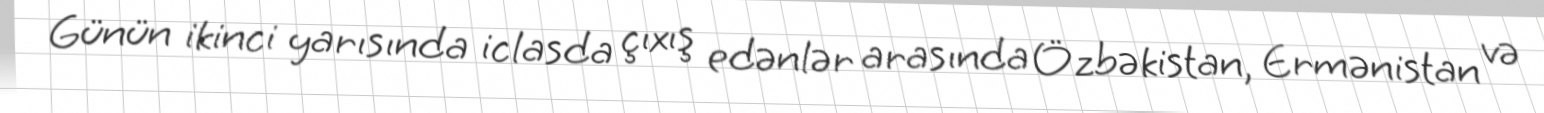
Günün ikinci yarısında iclasda çıxış edənlər arasında Özbəkistan, Ermənistan və